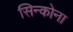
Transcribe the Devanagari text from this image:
सिन्कोना